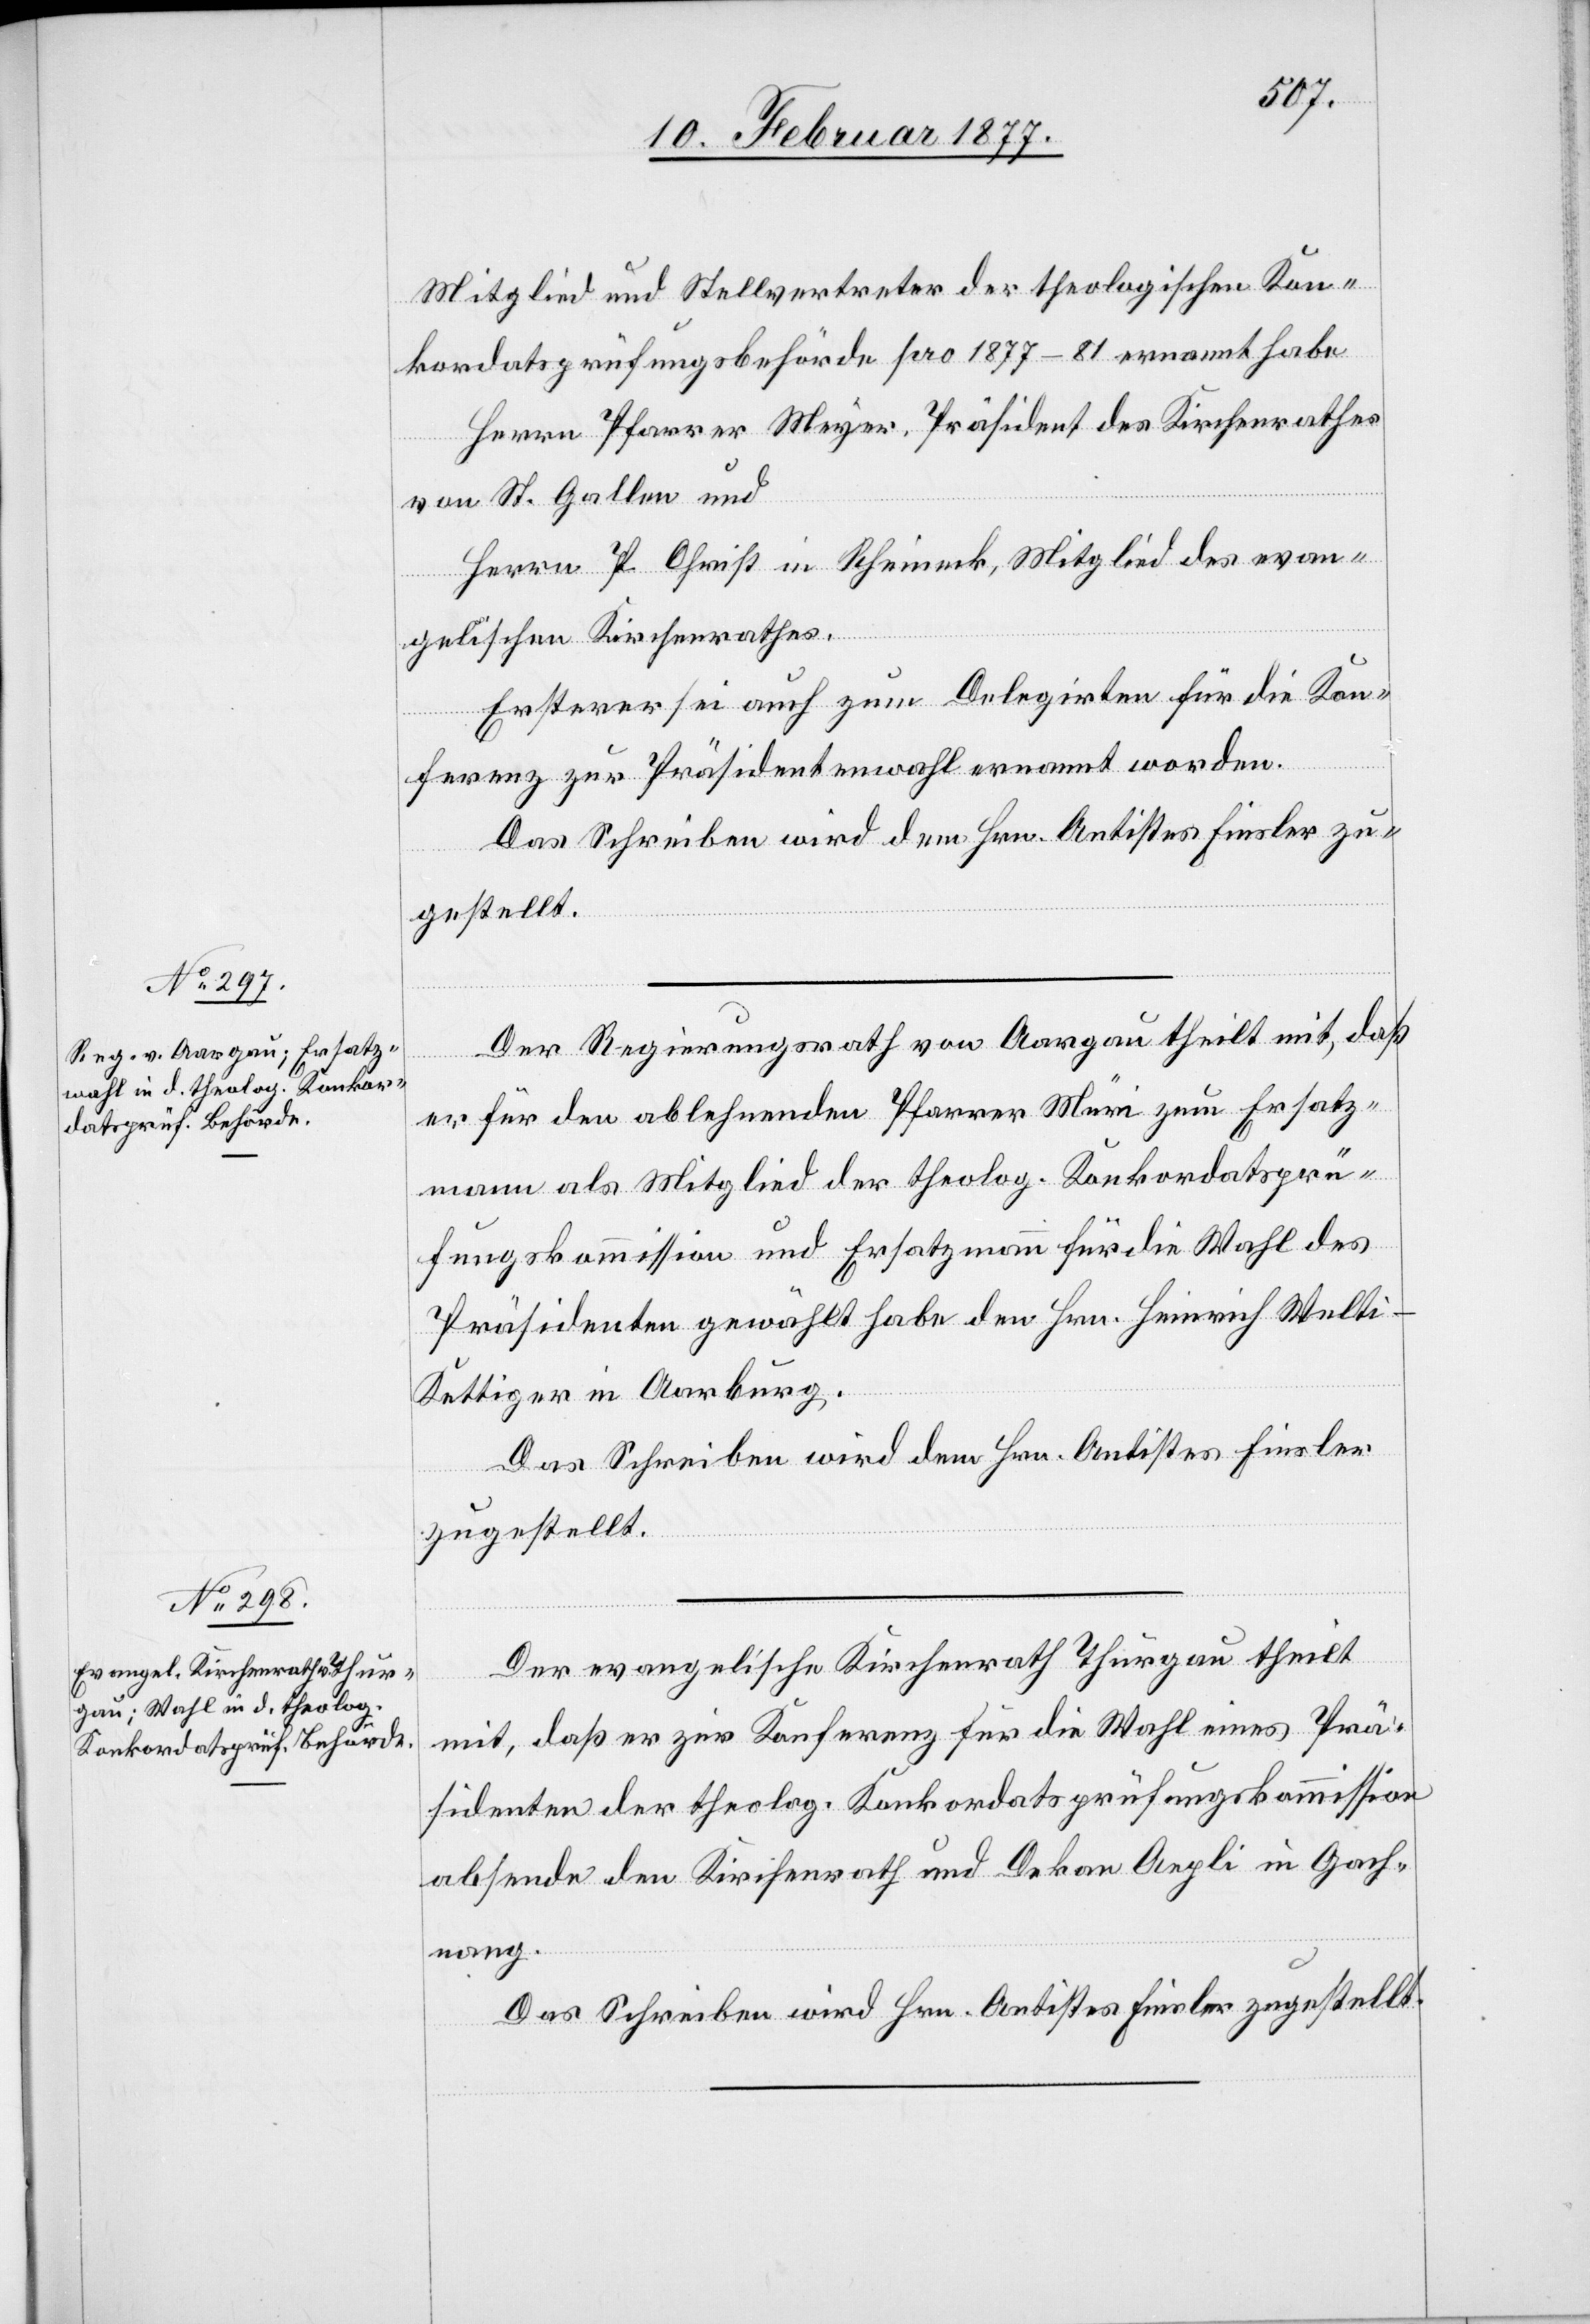
10. Februar 1877.]
Mitglied und Stellvertreter der theologischen Kon¬
kordatsprüfungsbehörde pro 1877–81 ernannt habe
Herrn Pfarrer Meyer, Präsident des Kirchenrathes
von St. Gallen und
Herrn P. Christ in Rheineck, Mitglied des evan¬
gelischen Kirchenrathes.
Ersterer sei auch zum Delegirten für die Kon¬
ferenz zur Präsidentenwahl ernannt worden.
Das Schreiben wird dem Hrn. Antistes Finsler zu¬
gestellt.
Der Regierungsrath von Aargau theilt mit, daß
er für den ablehnenden Pfarrer Müri zum Ersatz¬
mann als Mitglied der theolog. Konkordatsprü¬
fungskommission und Ersatzmann für die Wahl des
Präsidenten gewählt habe Hrn. Heinrich Welti-K¬
ettiger in Aarburg.
Das Schreiben wird dem Hrn. Antistes Finsler
zugestellt.
Der evangelische Kirchenrath Thurgau theilt
mit, daß er zur Konferenz für die Wahl eines Prä¬
sidenten der theolog. Konkordatsprüfungskommission
absende den Kirchenrath und Dekan Aepli in Gach¬
nang.
Das Schreiben wird Hrn. Antistes Finsler zugestellt.